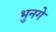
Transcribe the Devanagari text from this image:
भुनगे